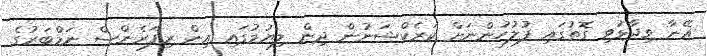
އޭނާ ވިދާޅުވި ގޮތުގައި ފުލުހުންނަށް ކަރެކްޝަނުން ދިން ލިޔުމުގައި އިން ރިފަރެންސް ނަމްބަރުގެ